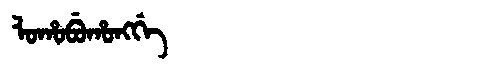
Manchu: ᠯᠣᡥᠣᠪᡠᡥᠣᠩᡤᡝ
Romanization: LOHOBUHONGGE